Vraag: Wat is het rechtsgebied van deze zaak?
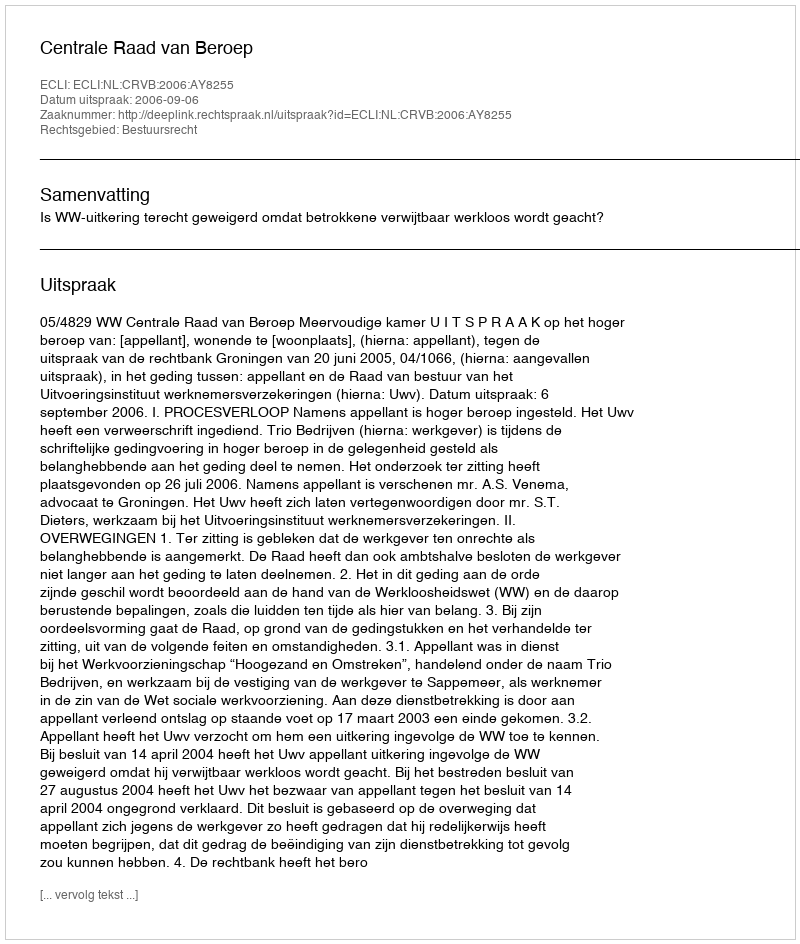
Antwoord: Bestuursrecht